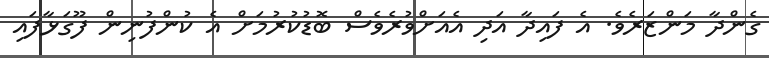
ގެންދާ މަންޒަރެވެ. އެ ފައިދާ އަދި އެއަށްވުރެވެސް ބޮޑުކުރުމަށް އެ ކުންފުނިން ފޫގަޅާފައި